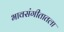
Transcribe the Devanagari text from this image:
भावसंगीतातला